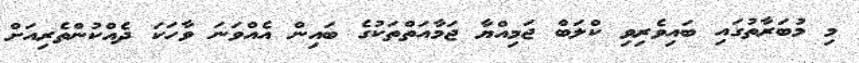
މި މުބަރާތުގައި ބައިވެރިވި ކްލަބް ޖަމިއްޔާ ޖަމާއަތްތަކުގެ ބައިން އެއްވަނަ ވާހަކަ ދެއްކުންތެރިއަށް